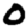
Digit: 0